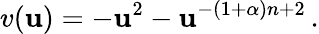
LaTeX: v(\mathbf{u})=-\mathbf{u}^{2}-\mathbf{u}^{-(1+\alpha)n+2}\, .